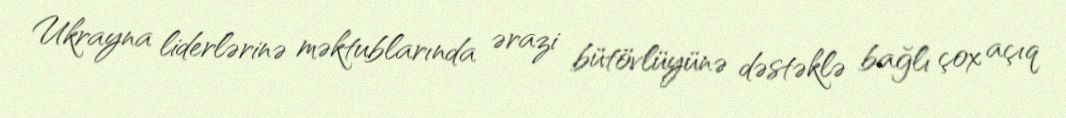
Ukrayna liderlərinə məktublarında ərazi bütövlüyünə dəstəklə bağlı çox açıq